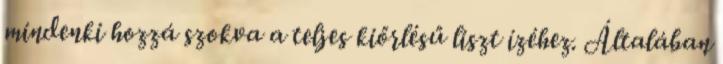
mindenki hozzá szokva a teljes kiőrlésű liszt ízéhez. Általában